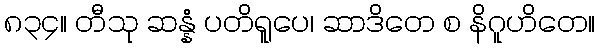
၈၃၄။ တီသု ဆန္နံ ပတိရူပေ၊ ဆာဒိတေ စ နိဂူဟိတေ။